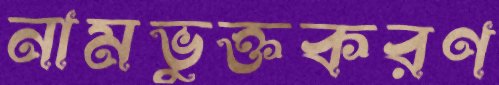
নামভুক্তকরণ